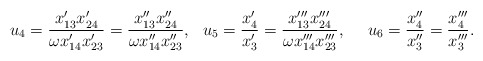
\begin{align*}u_4=\frac{x_{13}'x_{24}'}{\omega x_{14}'x_{23}'}=\frac{x_{13}''x_{24}''}{\omega x_{14}''x_{23}''},~~u_5=\frac{x_4'}{x_3'}=\frac{x_{13}'''x_{24}'''}{\omega x_{14}'''x_{23}'''},~~~~u_6=\frac{x_4''}{x_3''}=\frac{x_4'''}{x_3'''}.~\end{align*}